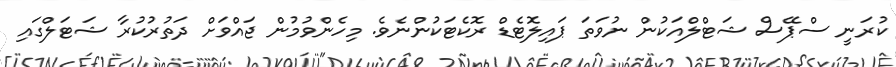
ކުރަނީ ސްޕޭސް ޝަޓްލްއަކުން ނުވަތަ ޕައިލޮޓެޑް ރޮކެޓަކުންނެވެ. މިހެންވުމުން ޖައްވަށް ދަތުރުކުރާ ޝަޓަލްގައި